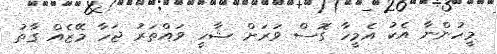
މީހުންނާ އެކު އެމީހާ ގޮސް ވަރަށް ޝާހީ ވައްތަރު ޖަހާ މޭޒެއް ގާތު